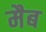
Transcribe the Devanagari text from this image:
मैब